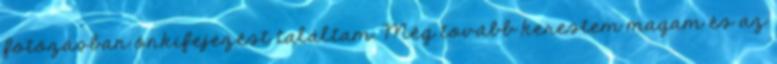
fotózásban önkifejezést találtam. Még tovább kerestem magam és az